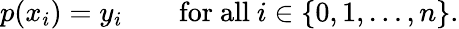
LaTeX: p(x_{i})=y_{i}\qquad{\mathrm{for~all~}}i\in\left\{ 0,1,\dots,n\right\} .